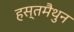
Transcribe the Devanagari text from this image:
हस्‍तमैथुन